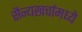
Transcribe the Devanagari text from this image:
सैन्यखर्चामध्ये